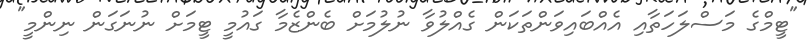
"ޓީމްގެ މަސްލަހަތާއި އެއްބައިވަންތަކަން ގެއްލުވާ ނުލުމަށް ބެންޒެމާ ގައުމީ ޓީމަށް ނުނަގަން ނިންމީ"